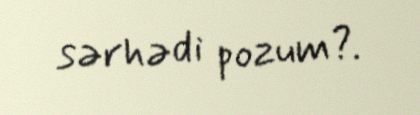
sərhədi pozum?.